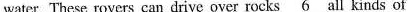
water. These rovers can drive over rocks \underline{6} all kinds of